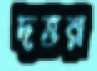
দত্তর